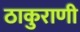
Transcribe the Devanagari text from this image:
ठाकुराणी